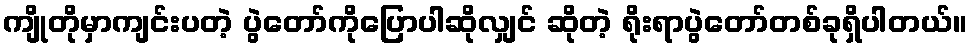
ကျိုတိုမှာကျင်းပတဲ့ ပွဲတော်ကိုပြောပါဆိုလျှင် ဆိုတဲ့ ရိုးရာပွဲတော်တစ်ခုရှိပါတယ်။